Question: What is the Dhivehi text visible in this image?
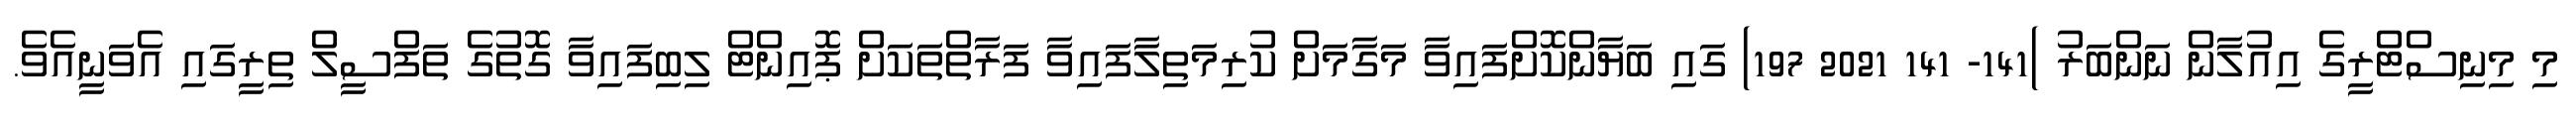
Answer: މި މިނިސްޓްރީގެ އިއުލާން ނަންބަރު )141- 141 2021 197) ގައި ބަޔާންކޮށްފައިވާ މަގާމަށް ކުރިމަތިލާފައިވާ ފަރާތްތަކަށް ޕޮއިންޓް ލިބިފައިވާ ގޮތުގެ ތަފްސީލް ތިރީގައި އެވަނީއެވެ.